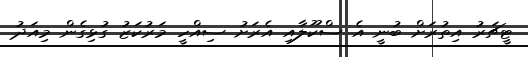
ޓީޗަރު އިތުރަށް ބުނީ އެ ސްކޫލާއި އެރަށު ސިއްހީ މަރުކަޒު ގުޅިގެން މިއަދު